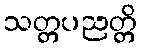
သတ္တပညတ္တိ